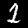
Digit: 1